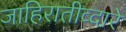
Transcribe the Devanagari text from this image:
जाहिरातीव्दारे